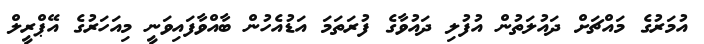
އުމަރުގެ މައްޗަށް ދައުލަތުން އުފުލި ދައުވާގެ ފުރަތަމަ އަޑުއެހުން ބާއްވާފައިވަނީ މިއަހަރުގެ އޭޕްރީލް